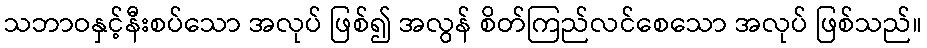
သဘာဝနှင့်နီးစပ်သော အလုပ် ဖြစ်၍ အလွန် စိတ်ကြည်လင်စေသော အလုပ် ဖြစ်သည်။